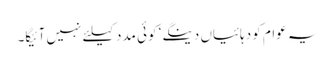
یہ عوام کو دہائیاں دینگے‘ کوئی مدد کیلئے نہیں آئیگا۔